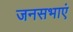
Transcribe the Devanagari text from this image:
जनसभाएं